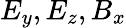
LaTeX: E_{y},E_{z},B_{x}